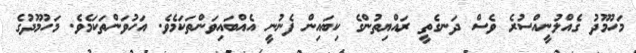
މަހުމޫދު ގެއްލުނީއްސުރެ ވެސް ދަނގެތީ ރައްޔިތުންގެ ކިބައިން ފެނުނީ އެއްބައިވަންތަކަމެވެ. އަހުވަންތަކަމެވެ. މަހުމޫދުގެ